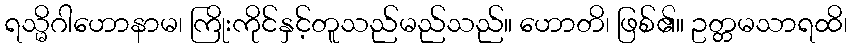
ရသ္မိဂါဟောနာမ၊ ကြိုးကိုင်နှင့်တူသည်မည်သည်။ ဟောတိ၊ ဖြစ်၏။ ဥတ္တမသာရထိ၊